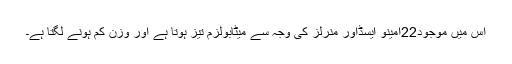
اس میں موجود22امینو ایسڈاور منرلز کی وجہ سے میٹابولزم تیز ہوتا ہے اور وزن کم ہونے لگتا ہے۔